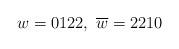
LaTeX: \begin{align*}w = 0122,~ \overline{w} = 2210\end{align*}